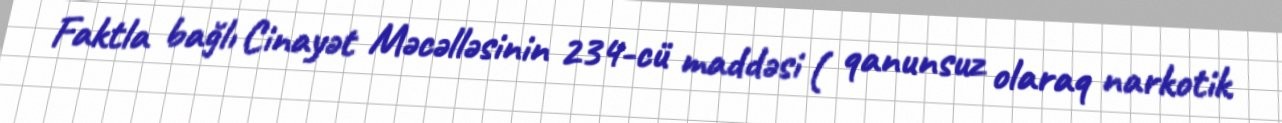
Faktla bağlı Cinayət Məcəlləsinin 234-cü maddəsi ( qanunsuz olaraq narkotik